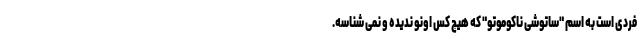
فردی است به اسم "ساتوشی ناکوموتو" که هیچ کس اونو ندیده و نمی شناسه.